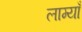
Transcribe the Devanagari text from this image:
लाम्याँ